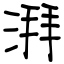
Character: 湃